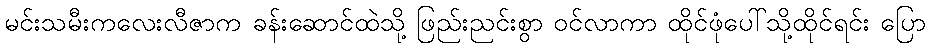
မင်းသမီးကလေးလီဇာက ခန်းဆောင်ထဲသို့ ဖြည်းညင်းစွာ ဝင်လာကာ ထိုင်ဖုံပေါ်သို့ထိုင်ရင်း ပြော